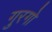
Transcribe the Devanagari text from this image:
गुरगो